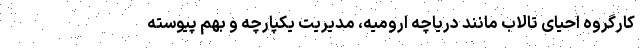
کارگروه احیای تالاب مانند دریاچه ارومیه، مدیریت یکپارچه و بهم پیوسته